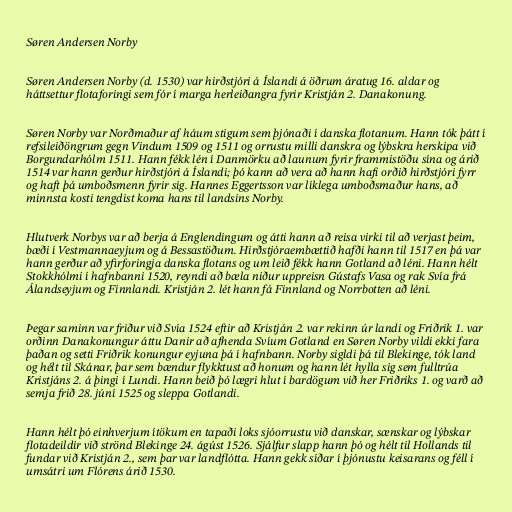
Søren Andersen Norby

Søren Andersen Norby (d. 1530) var hirðstjóri á Íslandi á öðrum áratug 16. aldar og
háttsettur flotaforingi sem fór í marga herleiðangra fyrir Kristján 2. Danakonung.

Søren Norby var Norðmaður af háum stigum sem þjónaði í danska flotanum. Hann tók þátt í
refsileiðöngrum gegn Vindum 1509 og 1511 og orrustu milli danskra og lýbskra herskipa við
Borgundarhólm 1511. Hann fékk lén í Danmörku að launum fyrir frammistöðu sína og árið
1514 var hann gerður hirðstjóri á Íslandi; þó kann að vera að hann hafi orðið hirðstjóri fyrr
og haft þá umboðsmenn fyrir sig. Hannes Eggertsson var líklega umboðsmaður hans, að
minnsta kosti tengdist koma hans til landsins Norby.

Hlutverk Norbys var að berja á Englendingum og átti hann að reisa virki til að verjast þeim,
bæði í Vestmannaeyjum og á Bessastöðum. Hirðstjóraembættið hafði hann til 1517 en þá var
hann gerður að yfirforingja danska flotans og um leið fékk hann Gotland að léni. Hann hélt
Stokkhólmi í hafnbanni 1520, reyndi að bæla niður uppreisn Gústafs Vasa og rak Svía frá
Álandseyjum og Finnlandi. Kristján 2. lét hann fá Finnland og Norrbotten að léni.

Þegar saminn var friður við Svía 1524 eftir að Kristján 2. var rekinn úr landi og Friðrik 1. var
orðinn Danakonungur áttu Danir að afhenda Svíum Gotland en Søren Norby vildi ekki fara
þaðan og setti Friðrik konungur eyjuna þá í hafnbann. Norby sigldi þá til Blekinge, tók land
og hélt til Skánar, þar sem bændur flykktust að honum og hann lét hylla sig sem fulltrúa
Kristjáns 2. á þingi í Lundi. Hann beið þó lægri hlut í bardögum við her Friðriks 1. og varð að
semja frið 28. júní 1525 og sleppa Gotlandi.

Hann hélt þó einhverjum ítökum en tapaði loks sjóorrustu við danskar, sænskar og lýbskar
flotadeildir við strönd Blekinge 24. ágúst 1526. Sjálfur slapp hann þó og hélt til Hollands til
fundar við Kristján 2., sem þar var landflótta. Hann gekk síðar í þjónustu keisarans og féll í
umsátri um Flórens árið 1530.